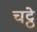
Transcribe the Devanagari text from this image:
चट्ठे